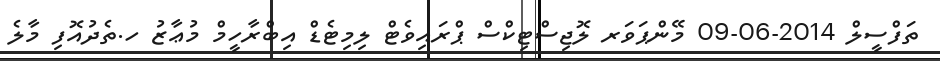
ތަފްސީލް 2014-06-09 މޭންޕަވަރ ލޮޖިސްޓިކްސް ޕްރައިވެޓް ލިމިޓެޑް އިބްރާހީމް މުޢާޒު ހ.ތެދުއޮފި މާލެ